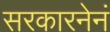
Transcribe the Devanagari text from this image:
सरकारनेनं